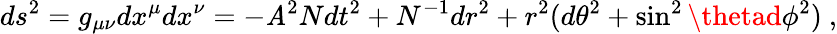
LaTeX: ds^{2}=g_{\mu\nu}dx^{\mu}dx^{\nu}=-{\mathit{A}}^{2}{N}dt^{2}+{N}^{-1}dr^{2}+r^{2}(d\theta^{2}+\sin^{2}\thetad\phi^{2})\ ,